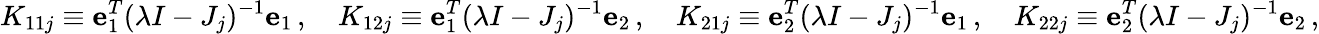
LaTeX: K_{11j}\equiv{\mathbf e}_{1}^{T}(\lambda I-J_{j})^{-1}{\mathbf e}_{1}\, ,\quad K_{12j}\equiv{\mathbf e}_{1}^{T}(\lambda I-J_{j})^{-1}{\mathbf e}_{2}\, ,\quad K_{21j}\equiv{\mathbf e}_{2}^{T}(\lambda I-J_{j})^{-1}{\mathbf e}_{1}\, ,\quad K_{22j}\equiv{\mathbf e}_{2}^{T}(\lambda I-J_{j})^{-1}{\mathbf e}_{2}\, ,